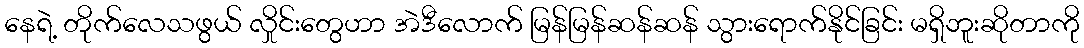
နေရဲ့ တိုက်လေသဖွယ် လှိုင်းတွေဟာ အဲဒီလောက် မြန်မြန်ဆန်ဆန် သွားရောက်နိုင်ခြင်း မရှိဘူးဆိုတာကို